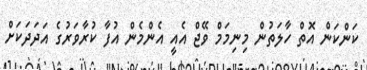
ކަންކަން އޮތް ހާލަތުން މިނިމަމް ވޭޖް އެއީ އެންމެން އުފާ ކުރާވަރުގެ އަދަދަކަށް